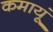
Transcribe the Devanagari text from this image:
कमायूं